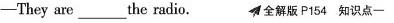
——They are ___the radio. 全解版P154 知识点——